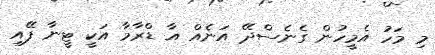
މި މަހު އެމީހުން ގެނެސްދޭ އަނެއް އާ ޑްރާމާ އަކީ ޓީނާ ފޭއި